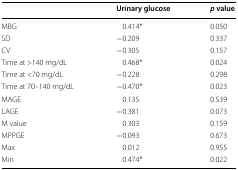
|  | Urinary glucose | p value |
 | --- | --- | --- |
 | MBG | 0.414* | 0.050 |
 | SD | −0.209 | 0.337 |
 | CV | −0.305 | 0.157 |
 | Time at >140 mg/dL | 0.468* | 0.024 |
 | Time at <70 mg/dL | −0.228 | 0.298 |
 | Time at 70–140 mg/dL | −0.470* | 0.023 |
 | MAGE | 0.135 | 0.539 |
 | LAGE | −0.381 | 0.073 |
 | M value | 0.303 | 0.159 |
 | MPPGE | −0.093 | 0.673 |
 | Max | 0.012 | 0.955 |
 | Min | 0.474* | 0.022 |